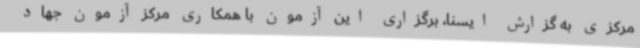
مرکزی به گزارش ایسنا، برگزاری این آزمون با همکاری مرکز آزمون جهاد